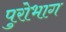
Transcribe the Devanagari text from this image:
पुरोभाग